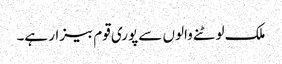
ملک لوٹنے والوں سے پوری قوم بیزار ہے۔